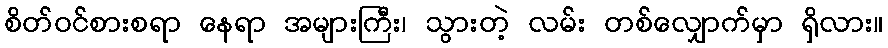
စိတ်ဝင်စားစရာ နေရာ အများကြီး၊ သွားတဲ့ လမ်း တစ်လျှောက်မှာ ရှိလား။